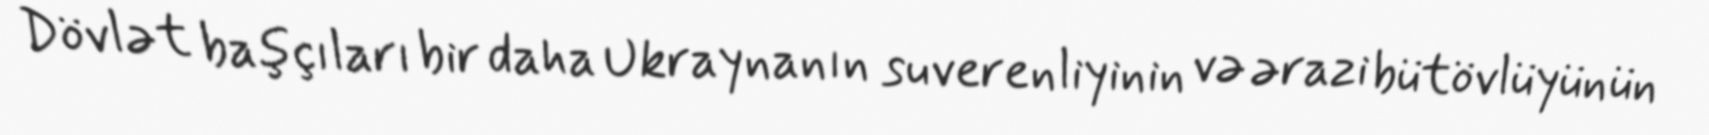
Dövlət başçıları bir daha Ukraynanın suverenliyinin və ərazi bütövlüyünün